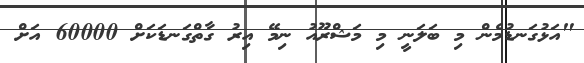
"އަޅުގަނޑުމެން މި ބަލަނީ މި މަޝްރޫއު ނިމޭ އިރު ގާތްގަނޑަކަށް 60000 އަށް